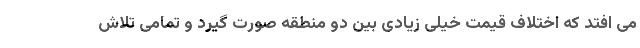
می افتد که اختلاف قیمت خیلی زیادی بین دو منطقه صورت گیرد و تمامی تلاش